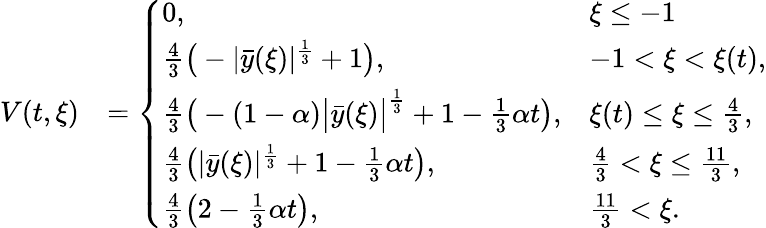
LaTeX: \begin{array}{rl}{V(t,\xi)}&{=\left\{ \begin{array}{ll}{0,}&{\xi\leq-1}\\ {\frac{4}{3}\big(-|\bar{y}(\xi)|^{\frac{1}{3}}+1\big),}&{-1<\xi<\xi(t),}\\ {\frac{4}{3}\big(-(1-\alpha)\bigl|\bar{y}(\xi)\bigr|^{\frac{1}{3}}+1-\frac{1}{3}\alpha t\big),}&{\xi(t)\leq\xi\leq\frac{4}{3},}\\ {\frac{4}{3}\big(|\bar{y}(\xi)|^{\frac{1}{3}}+1-\frac{1}{3}\alpha t\big),}&{\frac{4}{3}<\xi\leq\frac{11}{3},}\\ {\frac{4}{3}\big(2-\frac{1}{3}\alpha t\big),}&{\frac{11}{3}<\xi.}\end{array}\right.}\end{array}